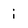
Character: i